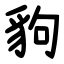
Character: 豿